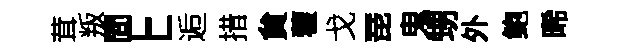
茸叛問E逅措貟藿戈琵鬼甥外鲍晞